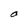
Character: O